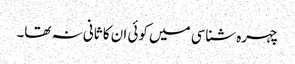
چہرہ شناسی میں کوئی ان کا ثانی نہ تھا۔